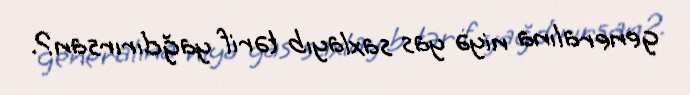
generalına niyə yas saxlayıb tərif yağdırırsan?.